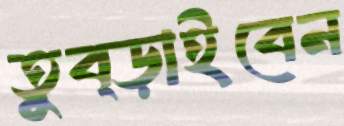
তুব্‌ড়াইবেন